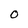
Character: 0